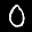
Label: 0